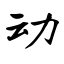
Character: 动